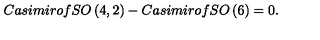
C a s i m i r o f S O \left( 4 , 2 \right) - C a s i m i r o f S O \left( 6 \right) = 0 .